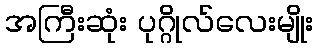
အကြီးဆုံး ပုဂ္ဂိုလ်လေးမျိုး